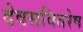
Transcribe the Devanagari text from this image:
देवसवितरेष